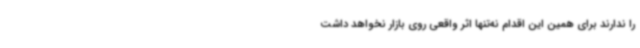
را ندارند برای همین این اقدام نه‌تنها اثر واقعی روی بازار نخواهد داشت